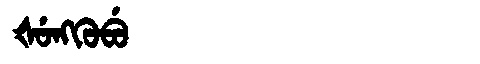
Manchu: ᡧᡠᠩᡴᡠᠪᡠ
Romanization: ŠUNGKUBU